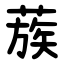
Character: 蔟